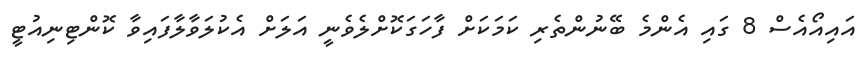
އައިއޯއެސް 8 ގައި އެންމެ ބޭނުންތެރި ކަމަކަށް ފާހަގަކޮށްލެވެނީ އަލަށް އެކުލަވާލާފައިވާ ކޮންޓިނިއުޓީ